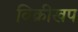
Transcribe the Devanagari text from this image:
विक्रीखप